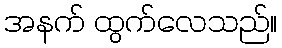
အနက် ထွက်လေသည်။